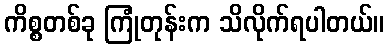
ကိစ္စတစ်ခု ကြုံတုန်းက သိလိုက်ရပါတယ်။